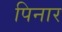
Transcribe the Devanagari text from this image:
पिनार